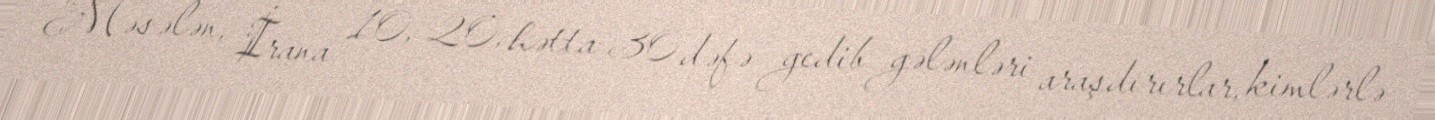
Məsələn, İrana 10, 20, hətta 30 dəfə gedib gələnləri araşdırırlar, kimlərlə